画像に写った文字を読んでください
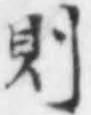
「則」と書いてあります